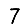
Digit: 7